Vaccination in Burma 1900-1911 - 1900-1911
Year: 1900
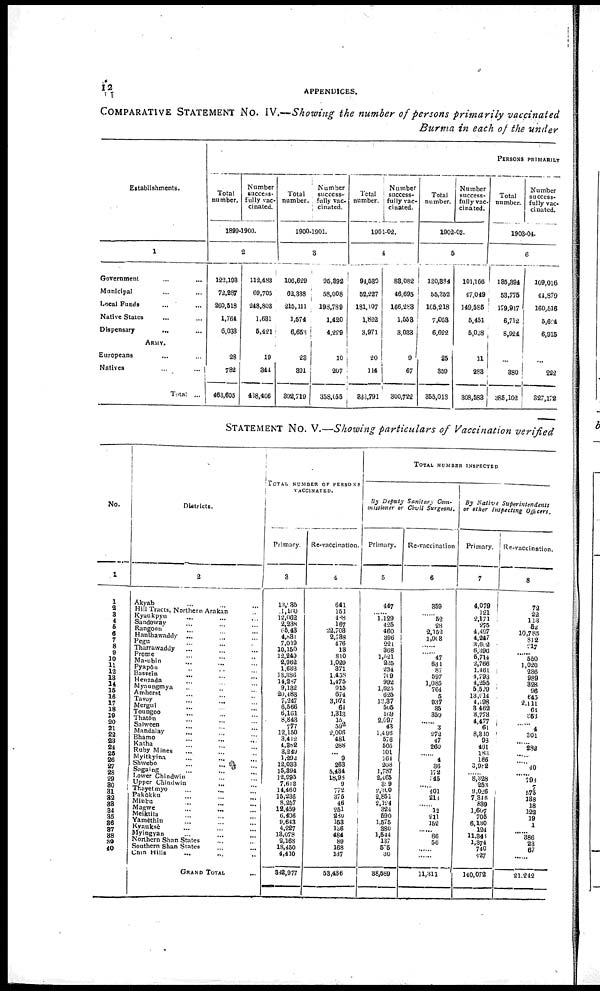
12
APPENDICES.
COMPARATIVE STATEMENT NO. IV.—Showing the number of persons primarily vaccinated
Burma in each of the under
Establishments.
1
Government ... ...
Municipal ... ...
Local Funds ... ...
Native States ... ...
Dispensary
...
...
ARMY.
Europeans ... ...
Natives
...
...
Total ...
PERSONS PRIMARILY
Total
number.
Number
success-
fully vac-
cinated.
1899-1900.
2
122,193
72,287
260,518
1,764
6,033
28
782
463,605
112,483
69,705
248,808
1,631
5,421
19
344
408,406
Total
number.
Number
success-
fully vac-
cinated.
1900-1901.
3
106,629
63,388
215,111
1,574
6,653
28
891
892,719
96,892
58,008
198,789
1,420
4,229
10
207
358,055
Total
number.
Number
success-
fully vac-
cinated.
1901-02.
4
94,530
52,227
181,107
1,822
3,971
20
114
833,791
88,082
46,695
166,283
1,553
3,033
9
67
300,722
Total
number.
Number
success-
fully vac-
cinated.
1902-03.
5
120,384
55,352
165,218
7,058
6,622
25
359
355,013
101,166
47,049
149,586
5,451
5,038
11
288
308,588
Total
number.
Number
success-
fully vac-
cinated.
1903-04.
6
135,894
53,775
179,917
6,712
8,924
...
380
385,102
109,016
41,879
160,516
5,624
6,915
...
222
327,172
STATEMENT NO. V.—Showing particulars of Vaccination verified
No.
1
1
2
3
4
5
6
7
8
9
10
11
12
13
14
15
16
17
18
19
20
21
22
23
24
25
26
27
28
29
30
31
32
33
34
35
36
37
38
39
40
Districts.
2
Akyab ... ... ...
Hill Tracts, Northern Arakan
...
Kyaukpyu ... ... ...
Sandoway
...
...
...
Rangoon ... ... ...
Hanthawaddy ... ... ...
Pegu
...
...
...
Tharrawaddy ... ... ...
Prome ... ... ...
Ma-ubin ... ... ...
Pyapôn ... ... ...
Bassein
...
...
...
Henzada ... ... ...
Mynungmya
...
...
...
Amherst
...
...
...
Tavoy
...
...
...
Mergui
...
...
...
Toungoo ... ... ...
Thatôn
...
...
...
Salween
...
...
...
Mandalay ... ... ...
Bhamo ... ... ...
Katha ... ... ...
Ruby Mines ... ... ...
Myitkyina
...
...
...
Shwebo ... ... ...
Sagaing
...
...
...
Lower Chindwin ... ... ...
Upper Chindwin ... ... ...
Thayetmyo ... ... ...
Pakôkku ... ... ...
Minbu
...
...
...
Magwe
...
...
...
Meiktila ... ... ...
Yamethin
...
...
...
Kyauksè
...
...
...
Myingyan ... ... ...
Northern Shan States
...
...
...
Southern Shan States ... ...
Chin Hills ... ... ...
GRAND TOTAL ...
TOTAL NUMBER OF PERSONS
VACCINATED.
Primary.
3
13,035
1,160
12,062
2,238
65,43
4,881
7,019
10,150
12,249
2,962
1,633
13,386
14,287
9,132
20,483
7,247
6,566
6,161
8,843
777
12,150
3,412
4,382
8,249
1,292
12,033
15,394
12,995
7,612
14,460
15,236
8,257
12,459
6,406
9,643
4,227
13,078
2,168
18,450
4,410
842,977
Re-vaccination.
4
641
151
488
167
22,708
2,788
476
18
810
1,029
371
1,458
1,475
915
674
3,974
64
1,313
15
592
2,006
481
288
... 9
268
5,434
18,98
9
772
375
46
251
280
153
136
484
89
168
137
53,436
TOTAL NUMBER INSPECTED
By Deputy Sanitary Com-
missioner or Civil
Surgeons.
Primary.
5
447
...... 1,129
425
460
396
221
368
1,521
225
234
709
992
1,625
625
13,37
505
169
2,097
43
1,496
576
505
101
164
208
1,787
2,465
809
2,300
2,851
2,124
324
590
1,575
380
1,544
137
505
80
38,589
Re-vaccination
6
359
......
52
28
2,152
1,903
......
......
47
631
87
597
1,085
764
5
937
35
359
......
3
272
47
260
......
4
36
172
345
...... 401
210
......
12
211
152
......
86
56
......
......
11,311
By Native
Superintendents
or other Inspecting
Officers.
Primary.
7
4,079
121
2,171
275
4,497
4,247
3,622
6,396
5,714
2,766
1,461
4,793
4,255
5,529
13,614
4,198
3,462
3,778
4,477
61
8,310
98
461
183
186
3,902
...... 8,328
253
9,026
7,316
889
1,607
705
6,130
124
11,343
1,374
740
427
140,072
Re-vaccination.
8
72
22
113
52
10,785
812
217
...... 550
1,020
236
989
328
96
645
2,111
61
353
......
4
301
...... 282
......
...... 40
...... 793
...... 575
188
18
122
19
1
...... 386
23
67
......
21,242